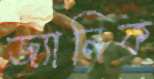
জ্যানিক